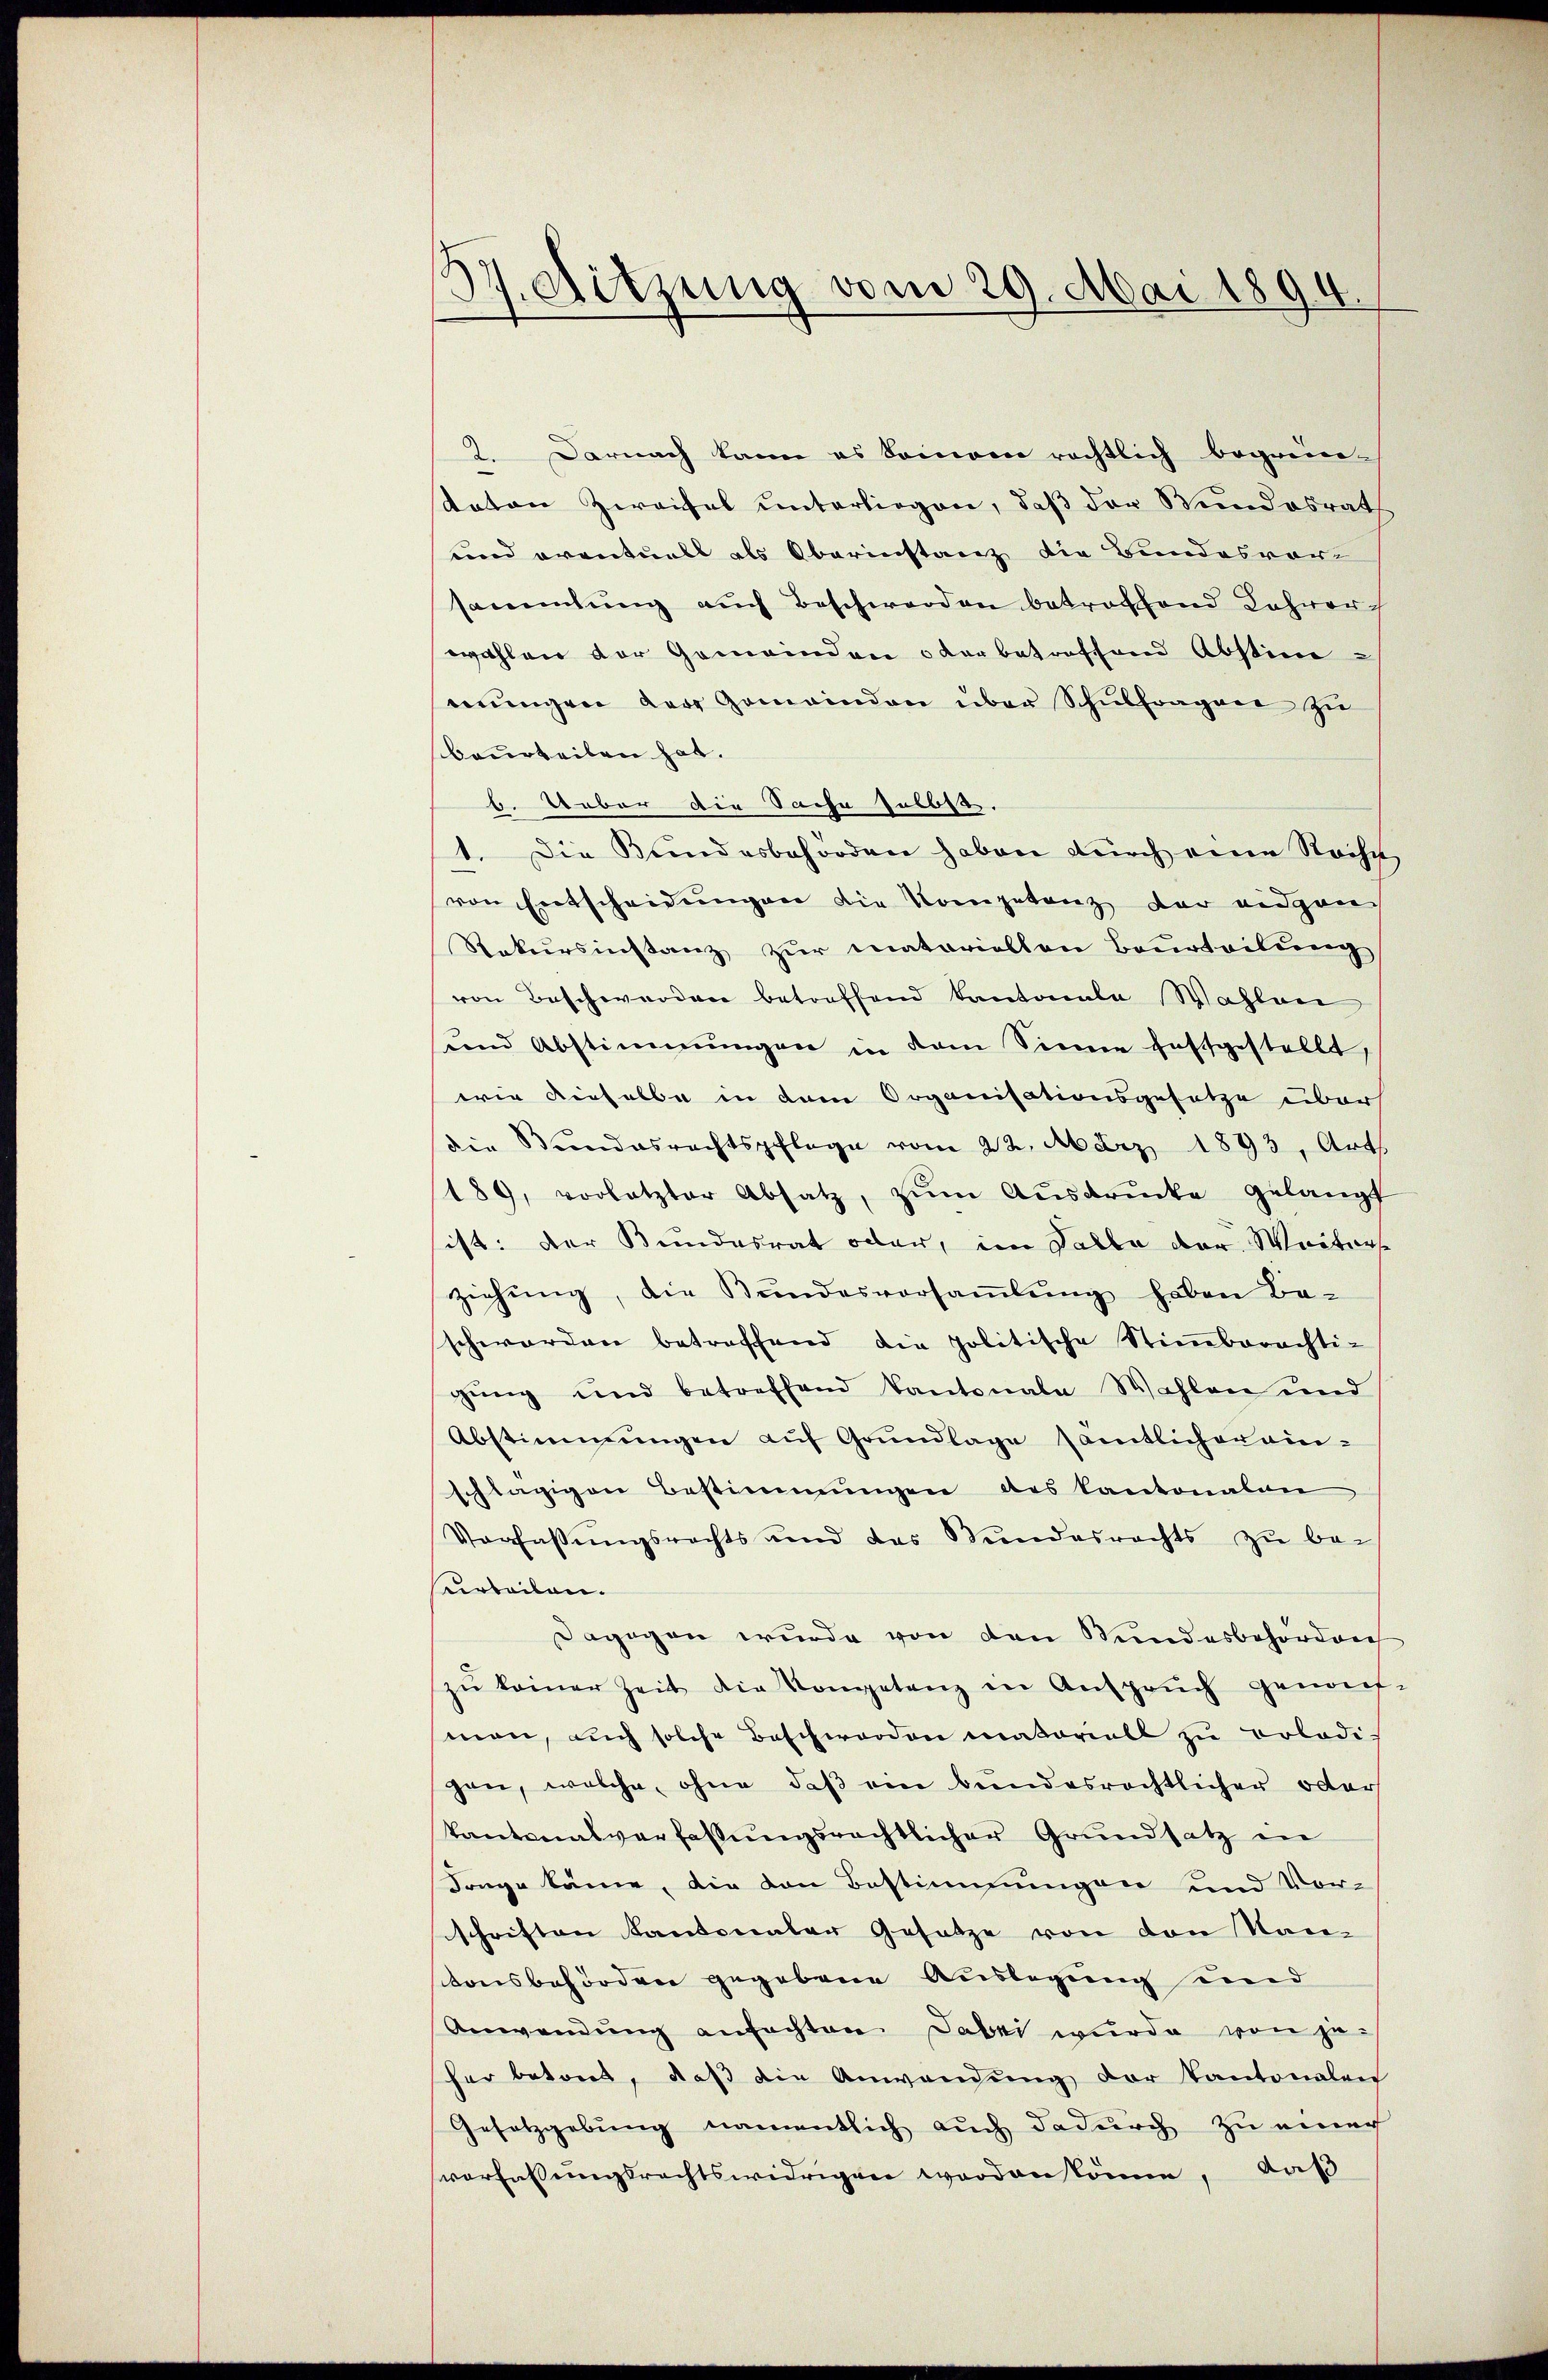
37. Sitzung vom 29. Mai 1894.
e

2. Darnach kann es kommen rechtlich begren-
staten Zweifel unterliegen, daß der Wundesrath
und eventuell als Oberinstanz die Bundesvor
sammlung auch Beschwerden betroffend Jahrerwahlen der Gemeinden oder betroffend Abstimerŭngen der Gemeinden über Schŭlfragner zu
beurteilen hat.
b. Ueber die Sache selbst.
1. Die Bundesbehörden haben durch eine Recht
von Entscheidungen die Kompetenz der eidgen
Rekursinstanz zur matariellen Beurteilung
von Beschwerden betreffend Kantonale Wahlen
und Abstimmungen in dem Sinne festgestellt,
wie dieselbe in dem Organisationsgesetze überh
die Bundesrechtspflege vom 22. März 1893, Art.
189, vorletzter Absatz, zŭm Aŭsdrŭcke gelangt
ist: der Bundesrat oder, im Falle der Weiters
ziehŭng, die Bŭndesversaṁlŭng haben Be-
schwerden betreffend die politische Stimmbarächti-
gŭng und betreffend Kantonale Wahlen und
Abstimmungen auf Grundlage samtlicher ainschlägigen Bestimmungen des Kantonalen
Verfassŭngsrechts und das Stundesrechts zŭ be-
verteilen.
Dagegen wurde von den Bundesbehörden
zŭ keiner Zeit die Kometenz in Ansprŭch genom-
man, auch solche Beschwerden materiell zu Polodi-
gen, welche, ohne daß ein bundesrechtlicher oder
kantonalverfassungsrechtlicher Grundsatz in
Frage käme, die von Bestimmungen und Vor-
schriften Kantonaler Gesetze von den Nan-
stonsbehörden gegebene Auslegung und
Anwendung anfachten. Dabei wurde von je-
her betont, daβ die Anwendŭng der Kantonalen
Gesetzgebung namentlich auch dadurch zu einer
verfassungsrechtswidrigen worden köne, daß